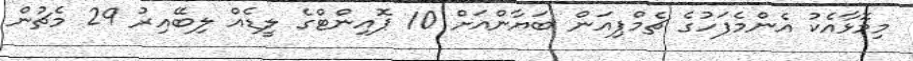
މިމޮޅާއެކު އެންމެފަހުގެ ޗެމްޕިއަން ބަޔާންއަށް 10 ޕޮއިންޓްގެ ލީޑެއް ލިބޭއިރު 29 މެޗުން